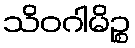
သိဝဂါမိဉ္စ